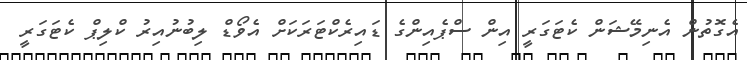
އެގޮތުން އެނިމޭޝަން ކެޓަގަރީ އިން ސްޕެއިންގެ ޑައިރެކްޓަރަކަށް އެވޯޑް ލިބުނުއިރު ކްލިޕް ކެޓަގަރީ